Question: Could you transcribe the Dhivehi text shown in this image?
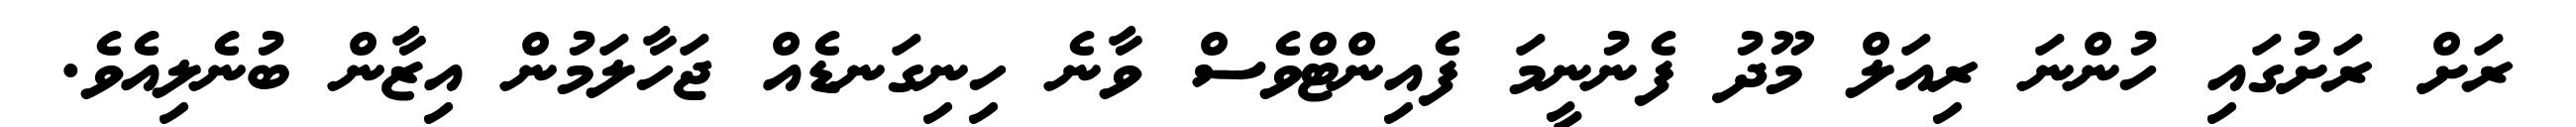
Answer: ރަށް ރަށުގައި ހުންނަ ރިއަލް މޫދު ފެނުނީމަ ފެއިންޓްވެސް ވާނެ ހިނިގަނޑެއް ޖަހާލަމުން އިޒާން ބުނެލިއެވެ.